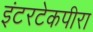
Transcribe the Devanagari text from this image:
इंटरटेकपीरा